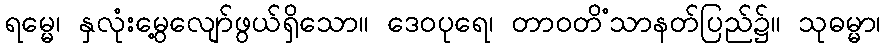
ရမ္မေ၊ နှလုံးမွေ့လျော်ဖွယ်ရှိသော။ ဒေဝပုရေ၊ တာဝတိံသာနတ်ပြည်၌။ သုဓမ္မာ၊